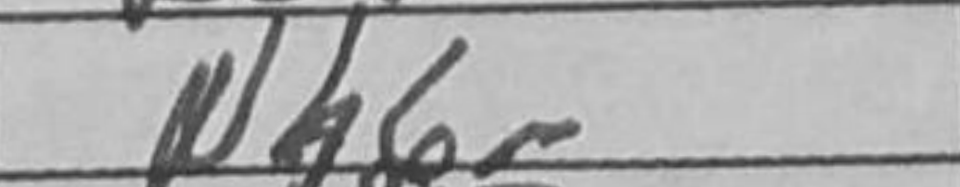
Transcription: Nh6